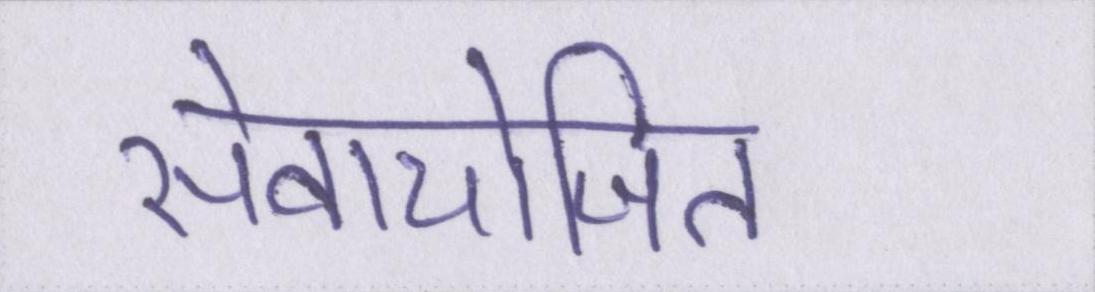
सेवायोजित